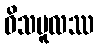
ဝိသမူလဿ